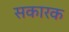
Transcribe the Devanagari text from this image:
सकारक